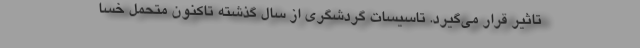
تاثیر قرار می‌گیرد. تاسیسات گردشگری از سال گذشته تاکنون متحمل خسا